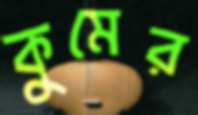
কুমের